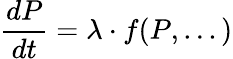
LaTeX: {\frac{dP}{dt}}=\lambda\cdot f(P,...)